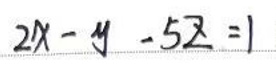
$2x - y - 5z = 1$